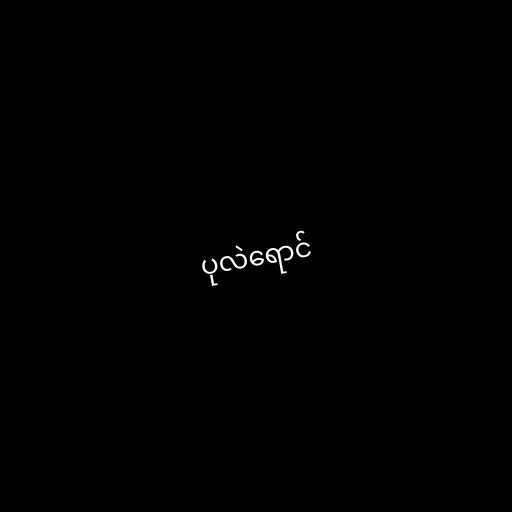
ပုလဲရောင်